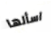
اسألها